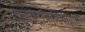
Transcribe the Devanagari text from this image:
एलेक्ट्रोकार्डियोग्राम